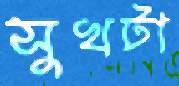
সুখটা